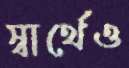
স্বার্থেও